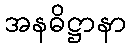
အနဓိဋ္ဌာနာ